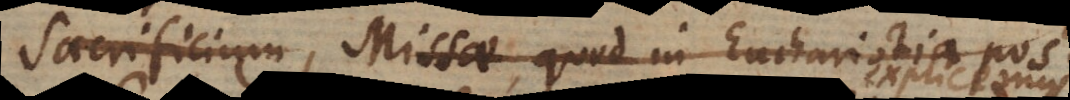
Sacrificium Missae, quod in Eucharistia post